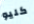
كليو